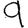
Digit: 9